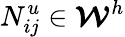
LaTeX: {N}_{ij}^{u}\in\boldsymbol{\mathcal{W}}^{h}